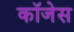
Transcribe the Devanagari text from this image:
कॉजेस